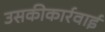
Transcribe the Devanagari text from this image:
उसकीकार्रवाई